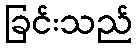
ခြင်းသည်